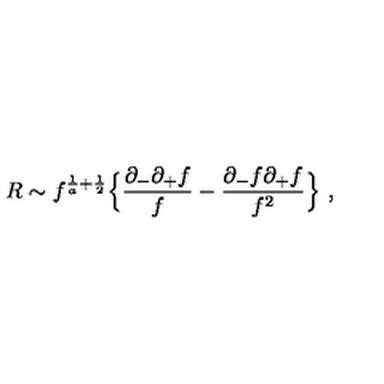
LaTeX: R \sim f ^ { { \frac { 1 } { a } } + { \frac { 1 } { 2 } } } \Bigl \{ { \frac { \partial _ { - } \partial _ { + } f } { f } } - { \frac { \partial _ { - } f \partial _ { + } f } { f ^ { 2 } } } \Bigr \} \ ,